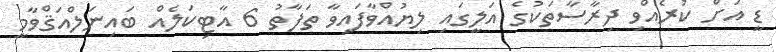
ޑީ އަށް ކުރެއްވި ދިރާސާތަކުގެ އަލީގައި ލިޔުއްވާފައިވާ ތަފާތު 6 އާޓިކަލެއް ބައިނަލްއަޤްވާމީ